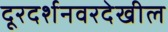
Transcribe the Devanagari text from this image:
दूरदर्शनवरदेखील